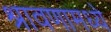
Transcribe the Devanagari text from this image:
श्रावणामध्ये